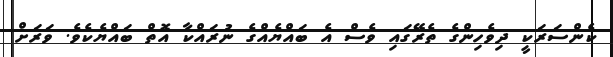
ކެންސަރަކީ ދިވެހިންގެ ތެރޭގައި ވެސް އެ ބައްޔެއްގެ ނުރައްކާ އޮތް ބައްޔެކެވެ. ވަރަށް